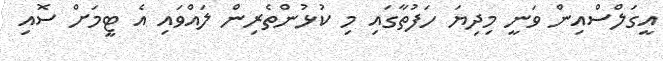
އީގަލްސްއިން ވަނީ މިދިޔަ ހަފުތާގައި މި ކުޅުންތެރިން ލައްވައި އެ ޓީމަށް ސޮއި